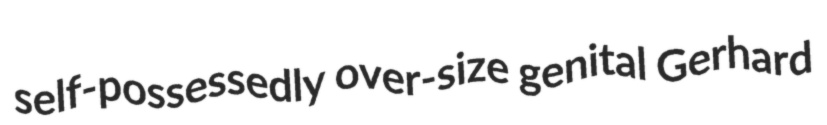
self-possessedly over-size genital Gerhard